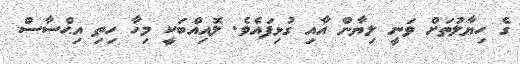
ގެ ހިޔާލުތަށް ވަނީ ލިޔާން އާއި ގުޅިފައެވެ. ލޮއިއްބަކީ މިހާ ހިތި އިޙްސާސް